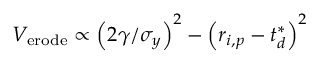
V _ { \mathrm { { e r o d e } } } \propto \left( 2 \gamma / \sigma _ { y } \right) ^ { 2 } - \left( { r } _ { i , p } - { t } _ { d } ^ { * } \right) ^ { 2 }